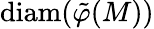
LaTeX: \mathrm{diam}(\tilde{\varphi}(M))